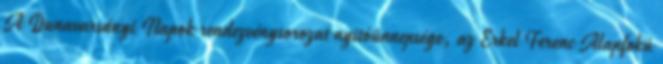
A Dunavarsányi Napok rendezvénysorozat nyitóünnepsége, az Erkel Ferenc Alapfokú